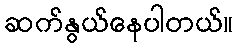
ဆက်နွယ်နေပါတယ်။